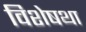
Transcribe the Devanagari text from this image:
विशेषथा